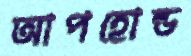
আপহোল্ড